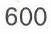
600